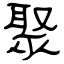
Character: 聚